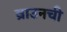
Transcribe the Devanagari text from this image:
ब्राउनची